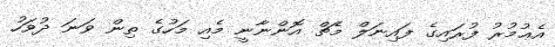
އެޢުމުރު ފުރައިގެ ފައިނަލް މެޗް އޮންނާނީ މެއި މަހުގެ ތިން ވަނަ ދުވަހު